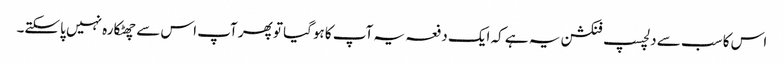
اس کا سب سے دلچسپ فنکشن یہ ہے کہ ایک دفعہ یہ آپ کا ہوگیا تو پھر آپ اس سے چھٹکارہ نہیں پاسکتے۔